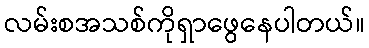
လမ်းစအသစ်ကိုရှာဖွေနေပါတယ်။